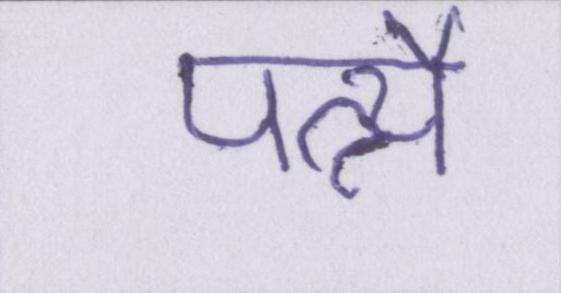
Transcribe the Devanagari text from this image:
पत्न्यै